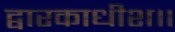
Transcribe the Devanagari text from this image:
द्वारकाधीश॥